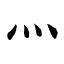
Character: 灬